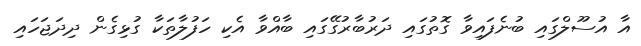
އާ އުސޫލްގައި ބުނެފައިވާ ގޮތުގައި ދަރުބާރުގޭގައި ބާއްވާ އެކި ހަފުލާތަކާ ގުޅިގެން ދިދަޖަހައި